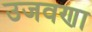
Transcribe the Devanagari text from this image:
उजवणा